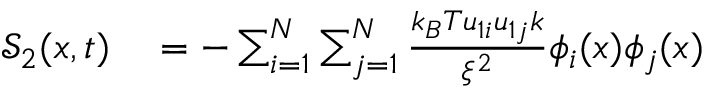
\begin{array} { r l } { \mathcal { S } _ { 2 } ( x , t ) } & { { } = - \sum _ { i = 1 } ^ { N } \sum _ { j = 1 } ^ { N } \frac { k _ { B } T u _ { 1 i } u _ { 1 j } k } { \xi ^ { 2 } } \phi _ { i } ( x ) \phi _ { j } ( x ) } \end{array}